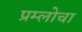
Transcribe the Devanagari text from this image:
प्रम्लोचा